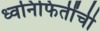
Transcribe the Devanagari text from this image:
ध्वनिफितींची